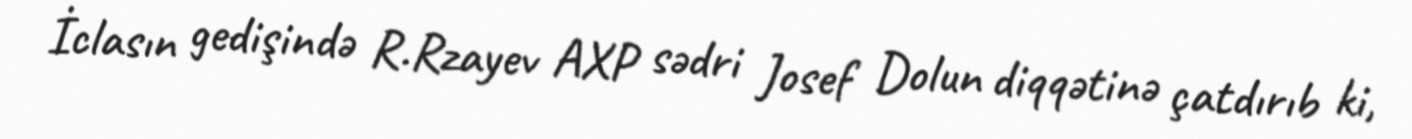
İclasın gedişində R.Rzayev AXP sədri Josef Dolun diqqətinə çatdırıb ki,